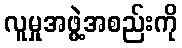
လူမှုအဖွဲ့အစည်းကို